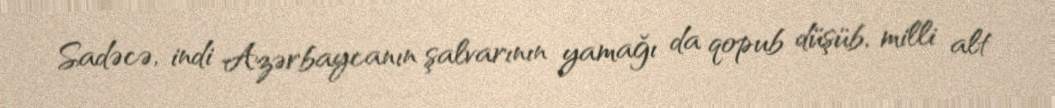
Sadəcə, indi Azərbaycanın şalvarının yamağı da qopub düşüb, milli alt